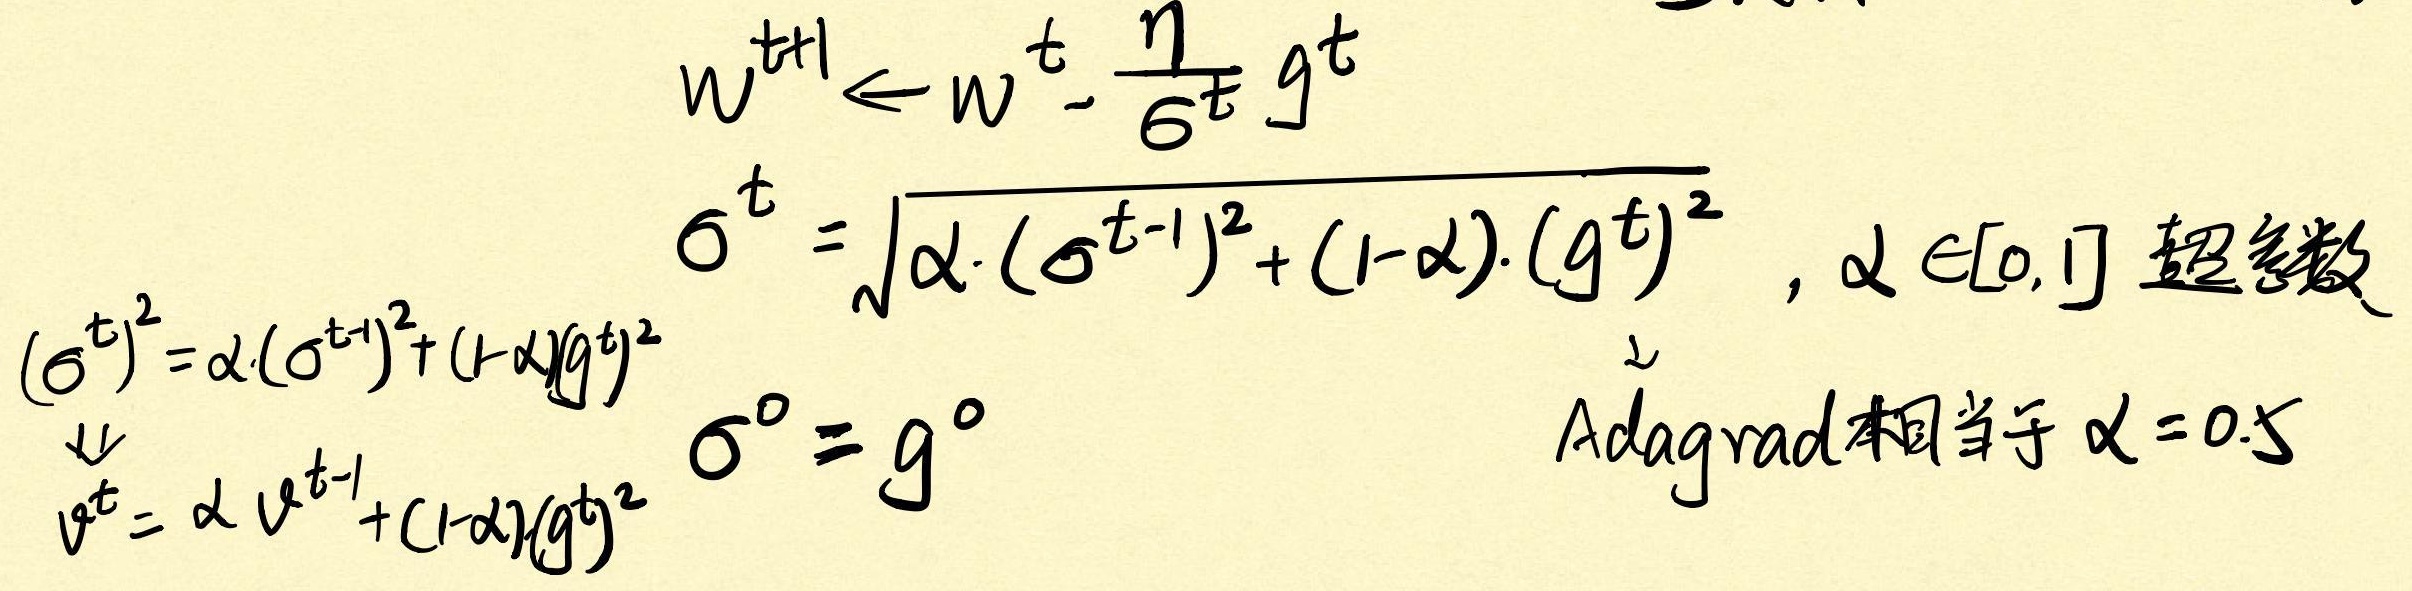
\[
\begin{align*}
w^{t + 1}&\leftarrow w^{t}-\frac{\eta}{\sigma^{t}}g^{t}\\
\sigma^{t}&=\sqrt{\alpha\cdot(\sigma^{t - 1})^{2}+(1 - \alpha)\cdot(g^{t})^{2}},\alpha\in[0,1] \text{ 超参数}\\
(\sigma^{t})^{2}&=\alpha\cdot(\sigma^{t - 1})^{2}+(1 - \alpha)(g^{t})^{2}\\
v^{t}&=\alpha v^{t - 1}+(1 - \alpha)(g^{t})^{2}\\
\sigma^{0}&=g^{0}\\
&\swarrow\\
&\text{Adagrad相当于 }\alpha = 0.5
\end{align*}
\]